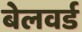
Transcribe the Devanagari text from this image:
बेलवर्ड